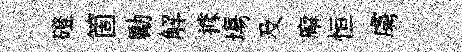
磴箇勵解據塲及廨恒虜